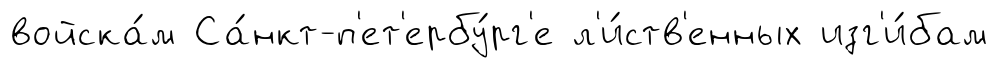
войска́м Са́нкт-п'ет'ербу́рг'е л'и́ств'енных изг'и́бам